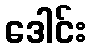
ဒေါင်း